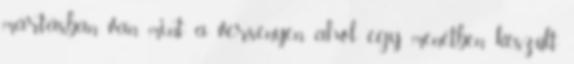
mártásban van mint a versenyen, ahol egy menetben készült